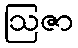
ဩဇာ